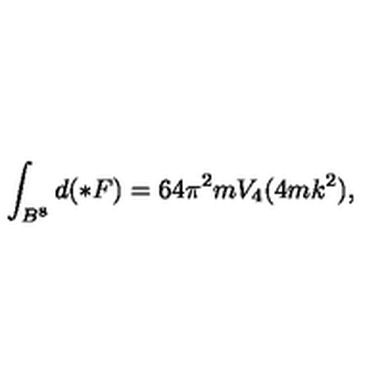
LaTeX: \int _ { B ^ { 8 } } d ( \ast F ) = 6 4 \pi ^ { 2 } m V _ { 4 } ( 4 m k ^ { 2 } ) ,